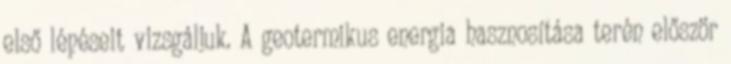
első lépéseit vizsgáljuk. A geotermikus energia hasznosítása terén először